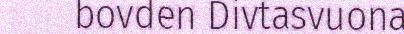
bovden Divtasvuona